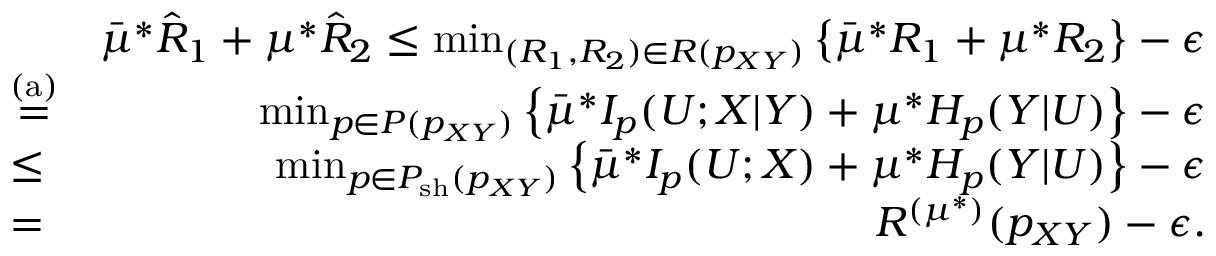
\begin{array} { r l r } & { } & { \bar { \mu } ^ { * } \hat { R } _ { 1 } + \mu ^ { * } \hat { R } _ { 2 } \leq \operatorname* { m i n } _ { ( R _ { 1 } , R _ { 2 } ) \in { \cal R } ( p _ { X Y } ) } \left\{ \bar { \mu } ^ { * } R _ { 1 } + \mu ^ { * } R _ { 2 } \right\} - \epsilon } \\ & { \stackrel { \mathrm { ( a ) } } { = } } & { \operatorname* { m i n } _ { p \in { \cal P } ( p _ { X Y } ) } \left\{ \bar { \mu } ^ { * } I _ { p } ( U ; X | Y ) + \mu ^ { * } H _ { p } ( Y | U ) \right\} - \epsilon } \\ & { \leq } & { \operatorname* { m i n } _ { p \in { \cal P } _ { \mathrm { s h } } ( p _ { X Y } ) } \left\{ \bar { \mu } ^ { * } I _ { p } ( U ; X ) + \mu ^ { * } H _ { p } ( Y | U ) \right\} - \epsilon } \\ & { = } & { R ^ { ( \mu ^ { * } ) } ( p _ { X Y } ) - \epsilon . } \end{array}